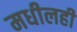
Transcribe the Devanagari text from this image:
मधीलही